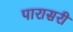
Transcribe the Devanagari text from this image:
पारासरी